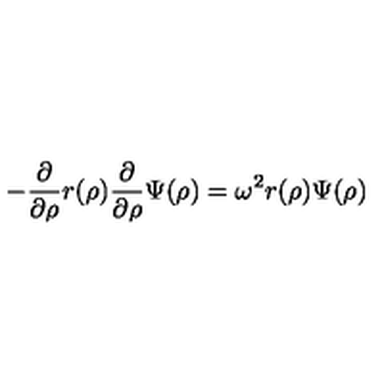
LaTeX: - \frac { \partial } { \partial \rho } r ( \rho ) \frac { \partial } { \partial \rho } \Psi ( \rho ) = \omega ^ { 2 } r ( \rho ) \Psi ( \rho )